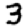
Digit: 3